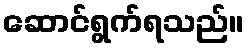
ဆောင်ရွက်ရသည်။